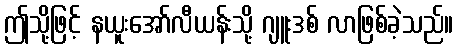
ဤသို့ဖြင့် နယူးအော်လီယန်းသို့ ဂျူးဒစ် လာဖြစ်ခဲ့သည်။